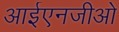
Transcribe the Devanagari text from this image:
आईएनजीओ